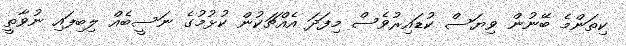
ކިތަންމެ ބޭނުން ވިޔަސް ކުޑައިރުވެސް މިފަދަ އެއްޗަކުން ކުޅުމުގެ ނަސީބެއް ލިބިފައި ނުވާތީ